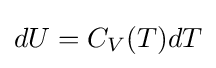
dU=C_{V}(T)dT